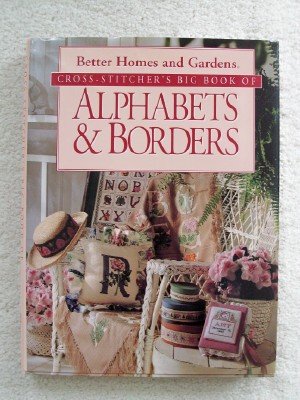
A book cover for Cross-Stitcher's Big Book of Alphabets & Borders; Crafts, Hobbies & Home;